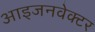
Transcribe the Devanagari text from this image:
आइजनवेक्टर